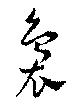
裊